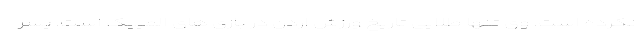
نکرده است. وی تنها طلایی تاریخ ورزش اردن در بازی های المپیک است. پسر